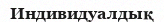
Индивидуалдық